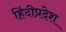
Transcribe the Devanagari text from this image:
हिंदीप्रदेश